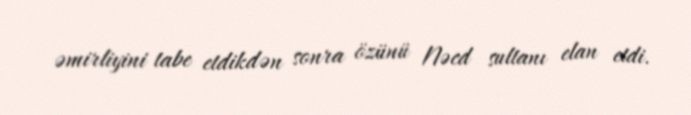
əmirliyini tabe etdikdən sonra özünü Nəcd sultanı elan etdi.